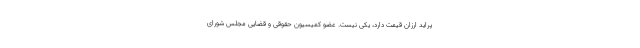
پراید ارزان قیمت دارد، یکی نیست. عضو کمیسیون حقوقی و قضایی مجلس شورای